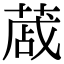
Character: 蒧